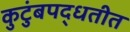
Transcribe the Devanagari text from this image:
कुटुंबपद्धतीत